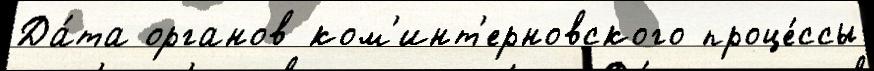
Да́та органов ком'инт'ерновского проце́ссы